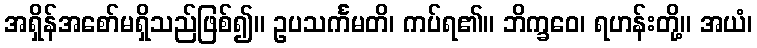
အရှိန်အစော်မရှိသည်ဖြစ်၍။ ဥပသင်္ကမတိ၊ ကပ်ရ၏။ ဘိက္ခဝေ၊ ရဟန်းတို့။ အယံ၊